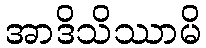
အာဒိသိဿာမိ